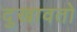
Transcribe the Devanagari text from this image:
दुखावतो